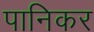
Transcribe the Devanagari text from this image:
पानिकर